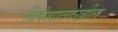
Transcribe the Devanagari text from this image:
विदेशातदेखील